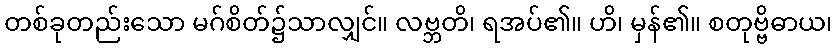
တစ်ခုတည်းသော မဂ်စိတ်၌သာလျှင်။ လဗ္ဘတိ၊ ရအပ်၏။ ဟိ၊ မှန်၏။ စတုဗ္ဗိဓာယ၊